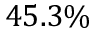
4 5 . 3 \%